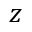
z